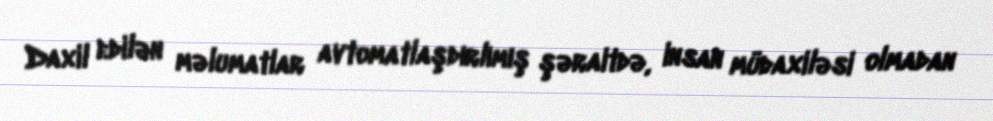
Daxil edilən məlumatlar avtomatlaşdırlımış şəraitdə, insan müdaxiləsi olmadan